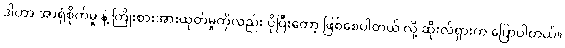
ဒါဟာ အာရုံစိုက်မှု နဲ့ ကြိုးစားအားထုတ်မှုကိုလည်း ပိုပြီးတော့ ဖြစ်စေပါတယ် လို့ ဆိုးလ်ရှားက ပြောပါတယ်။